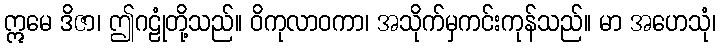
ဣမေ ဒိဇာ၊ ဤဂဠုံတို့သည်။ ဝိကုလာဝကာ၊ အသိုက်မှကင်းကုန်သည်။ မာ အဟေသုံ၊